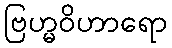
ဗြဟ္မဝိဟာရော